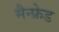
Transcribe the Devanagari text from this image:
मैन्फ्रेड